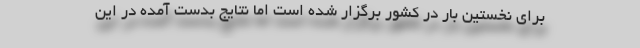
برای نخستین بار در کشور برگزار شده است اما نتایج بدست آمده در این